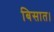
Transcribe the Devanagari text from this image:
बिसात।